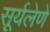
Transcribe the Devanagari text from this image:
सूर्यलेणे